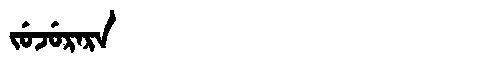
Manchu: ᠵᡠᠵᡠᡵᠠᡵᠠ
Romanization: JUJURARA